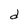
Character: d